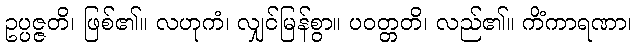
ဥပ္ပဇ္ဇတိ၊ ဖြစ်၏။ လဟုကံ၊ လျှင်မြန်စွာ။ ပဝတ္တတိ၊ လည်၏။ ကိံကာရဏာ၊